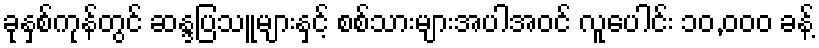
ခုနှစ်ကုန်တွင် ဆန္ဒပြသူများနှင့် စစ်သားများအပါအဝင် လူပေါင်း ၁၀,၀၀၀ ခန့်